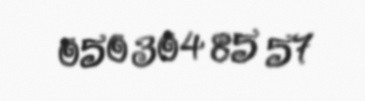
050 304 85 57